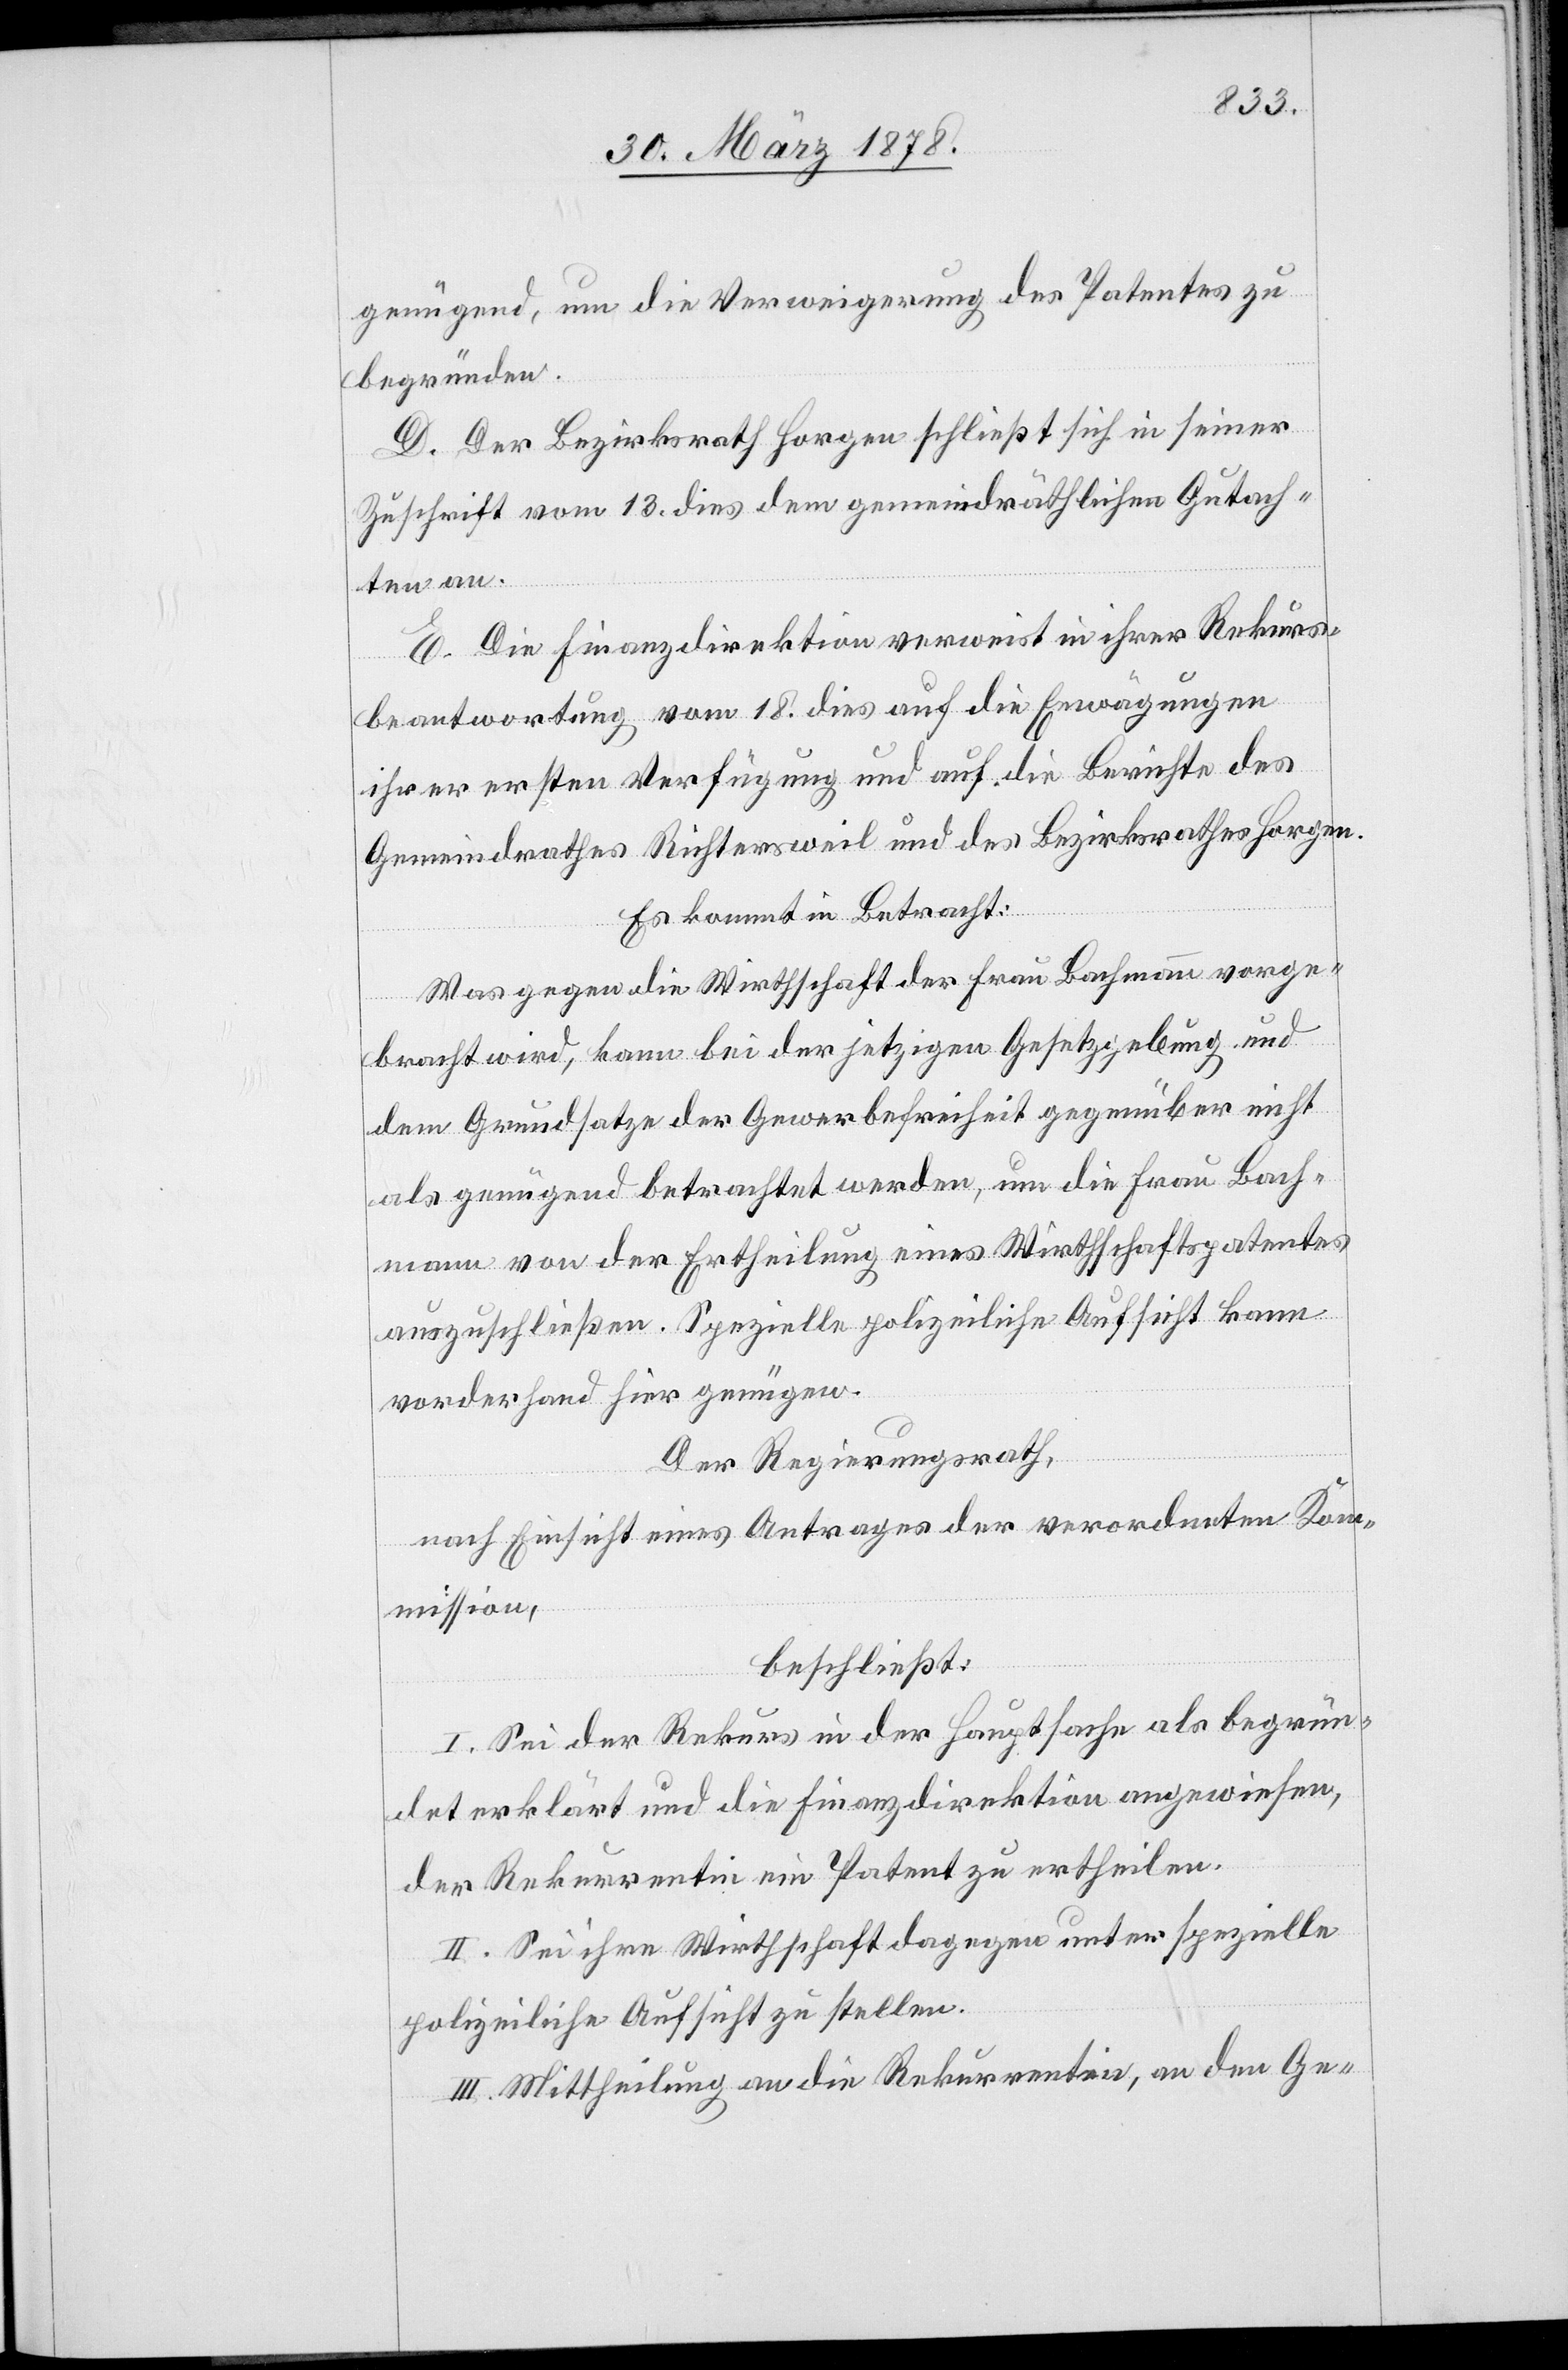
genügend, um die Verweigerung des Patentes zu
begründen.
D. Der Bezirksrath Horgen schließt sich in seiner
Zuschrift vom 13. dies dem gemeindräthlichen Gutach¬
ten an.
E. Die Finanzdirektion verweist in ihrer Rekurs¬
beantwortung vom 18. dies auf die Erwägungen
ihrer ersten Verfügung und auf die Berichte des
Gemeindrathes Richtersweil und des Bezirksrathes Horgen.
Es kommt in Betracht:
Was gegen die Wirthschaft der Frau Bachmann vorge¬
bracht wird, kann bei der jetzigen Gesetzgebung und
dem Grundsatze der Gewerbefreiheit gegenüber nicht
als genügend betrachtet werden, um die Frau Bach¬
mann von der Ertheilung eines Wirthschaftspatentes
auszuschließen. Spezielle polizeiliche Aufsicht kann
vorderhand hier genügen.
Der Regierungsrath,
nach Einsicht eines Antrages der verordneten Kom¬
mission,
beschließt:
I. Sei der Rekurs in der Hauptsache als begrün¬
det erklärt und die Finanzdirektion angewiesen,
der Rekurrentin ein Patent zu ertheilen.
II. Sei ihre Wirtschaft dagegen unter spezielle
polizeiliche Aufsicht zu stellen.
III. Mittheilung an die Rekurrentin, an den Ge-